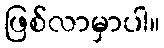
ဖြစ်လာမှာပါ။